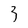
Character: 3